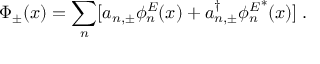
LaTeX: \Phi _ { \pm } ( x ) = \sum _ { n } [ a _ { n , \pm } \phi _ { n } ^ { E } ( x ) + a _ { n , \pm } ^ { \dagger } { \phi _ { n } ^ { E } } ^ { * } ( x ) ] { \; . }